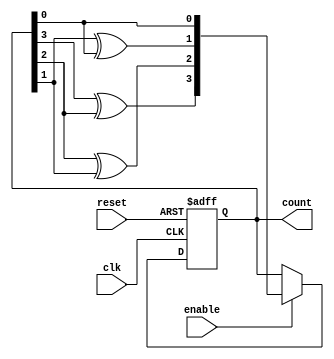
module gray_counter (
    input wire clk,
    input wire reset,
    input wire enable,
    output reg [3:0] count
);

reg [3:0] next_count;

// Sequential logic block
always @(posedge clk or posedge reset) begin
    if (reset) begin
        count <= 4'b0000;
    end else if (enable) begin
        count <= next_count;
    end
end

// Combinational logic block to generate next count
always @* begin
    next_count = count + 1;
    next_count[3] = count[3] ^ count[2];
    next_count[2] = count[2] ^ count[1];
    next_count[1] = count[1] ^ count[0];
    next_count[0] = count[0];
end

endmodule